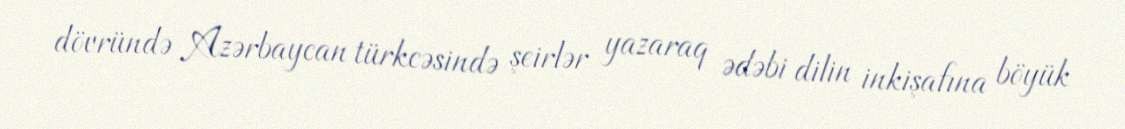
dövründə Azərbaycan türkcəsində şeirlər yazaraq ədəbi dilin inkişafına böyük